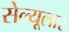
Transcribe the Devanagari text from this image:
सेल्यूलार